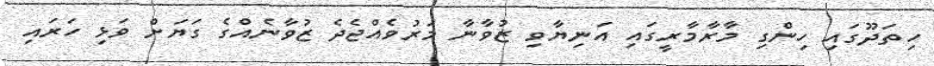
ހިތަދޫގައި ހިންގި މާރާމާރީގައި އަނިޔާވި ޒުވާނާ މަރުވެއްޖެދެ ޒުވާނެއްގެ ގަޔަށް ވަޅި ހަރައި